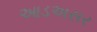
આડઅસર